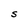
Character: S